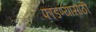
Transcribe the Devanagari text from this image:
फाडण्यासाठी